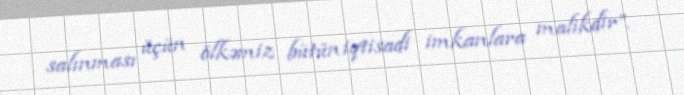
salınması üçün ölkəmiz bütün iqtisadi imkanlara malikdir”.